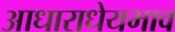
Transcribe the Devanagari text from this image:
आधाराधेयभाव